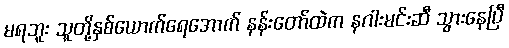
မရဘူး သူတို့နှစ်ယောက်ရေအောက် နန်းတော်ထဲက နဂါးမင်းဆီ သွားနေပြီ